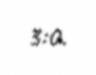
3:0.